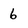
Character: 6